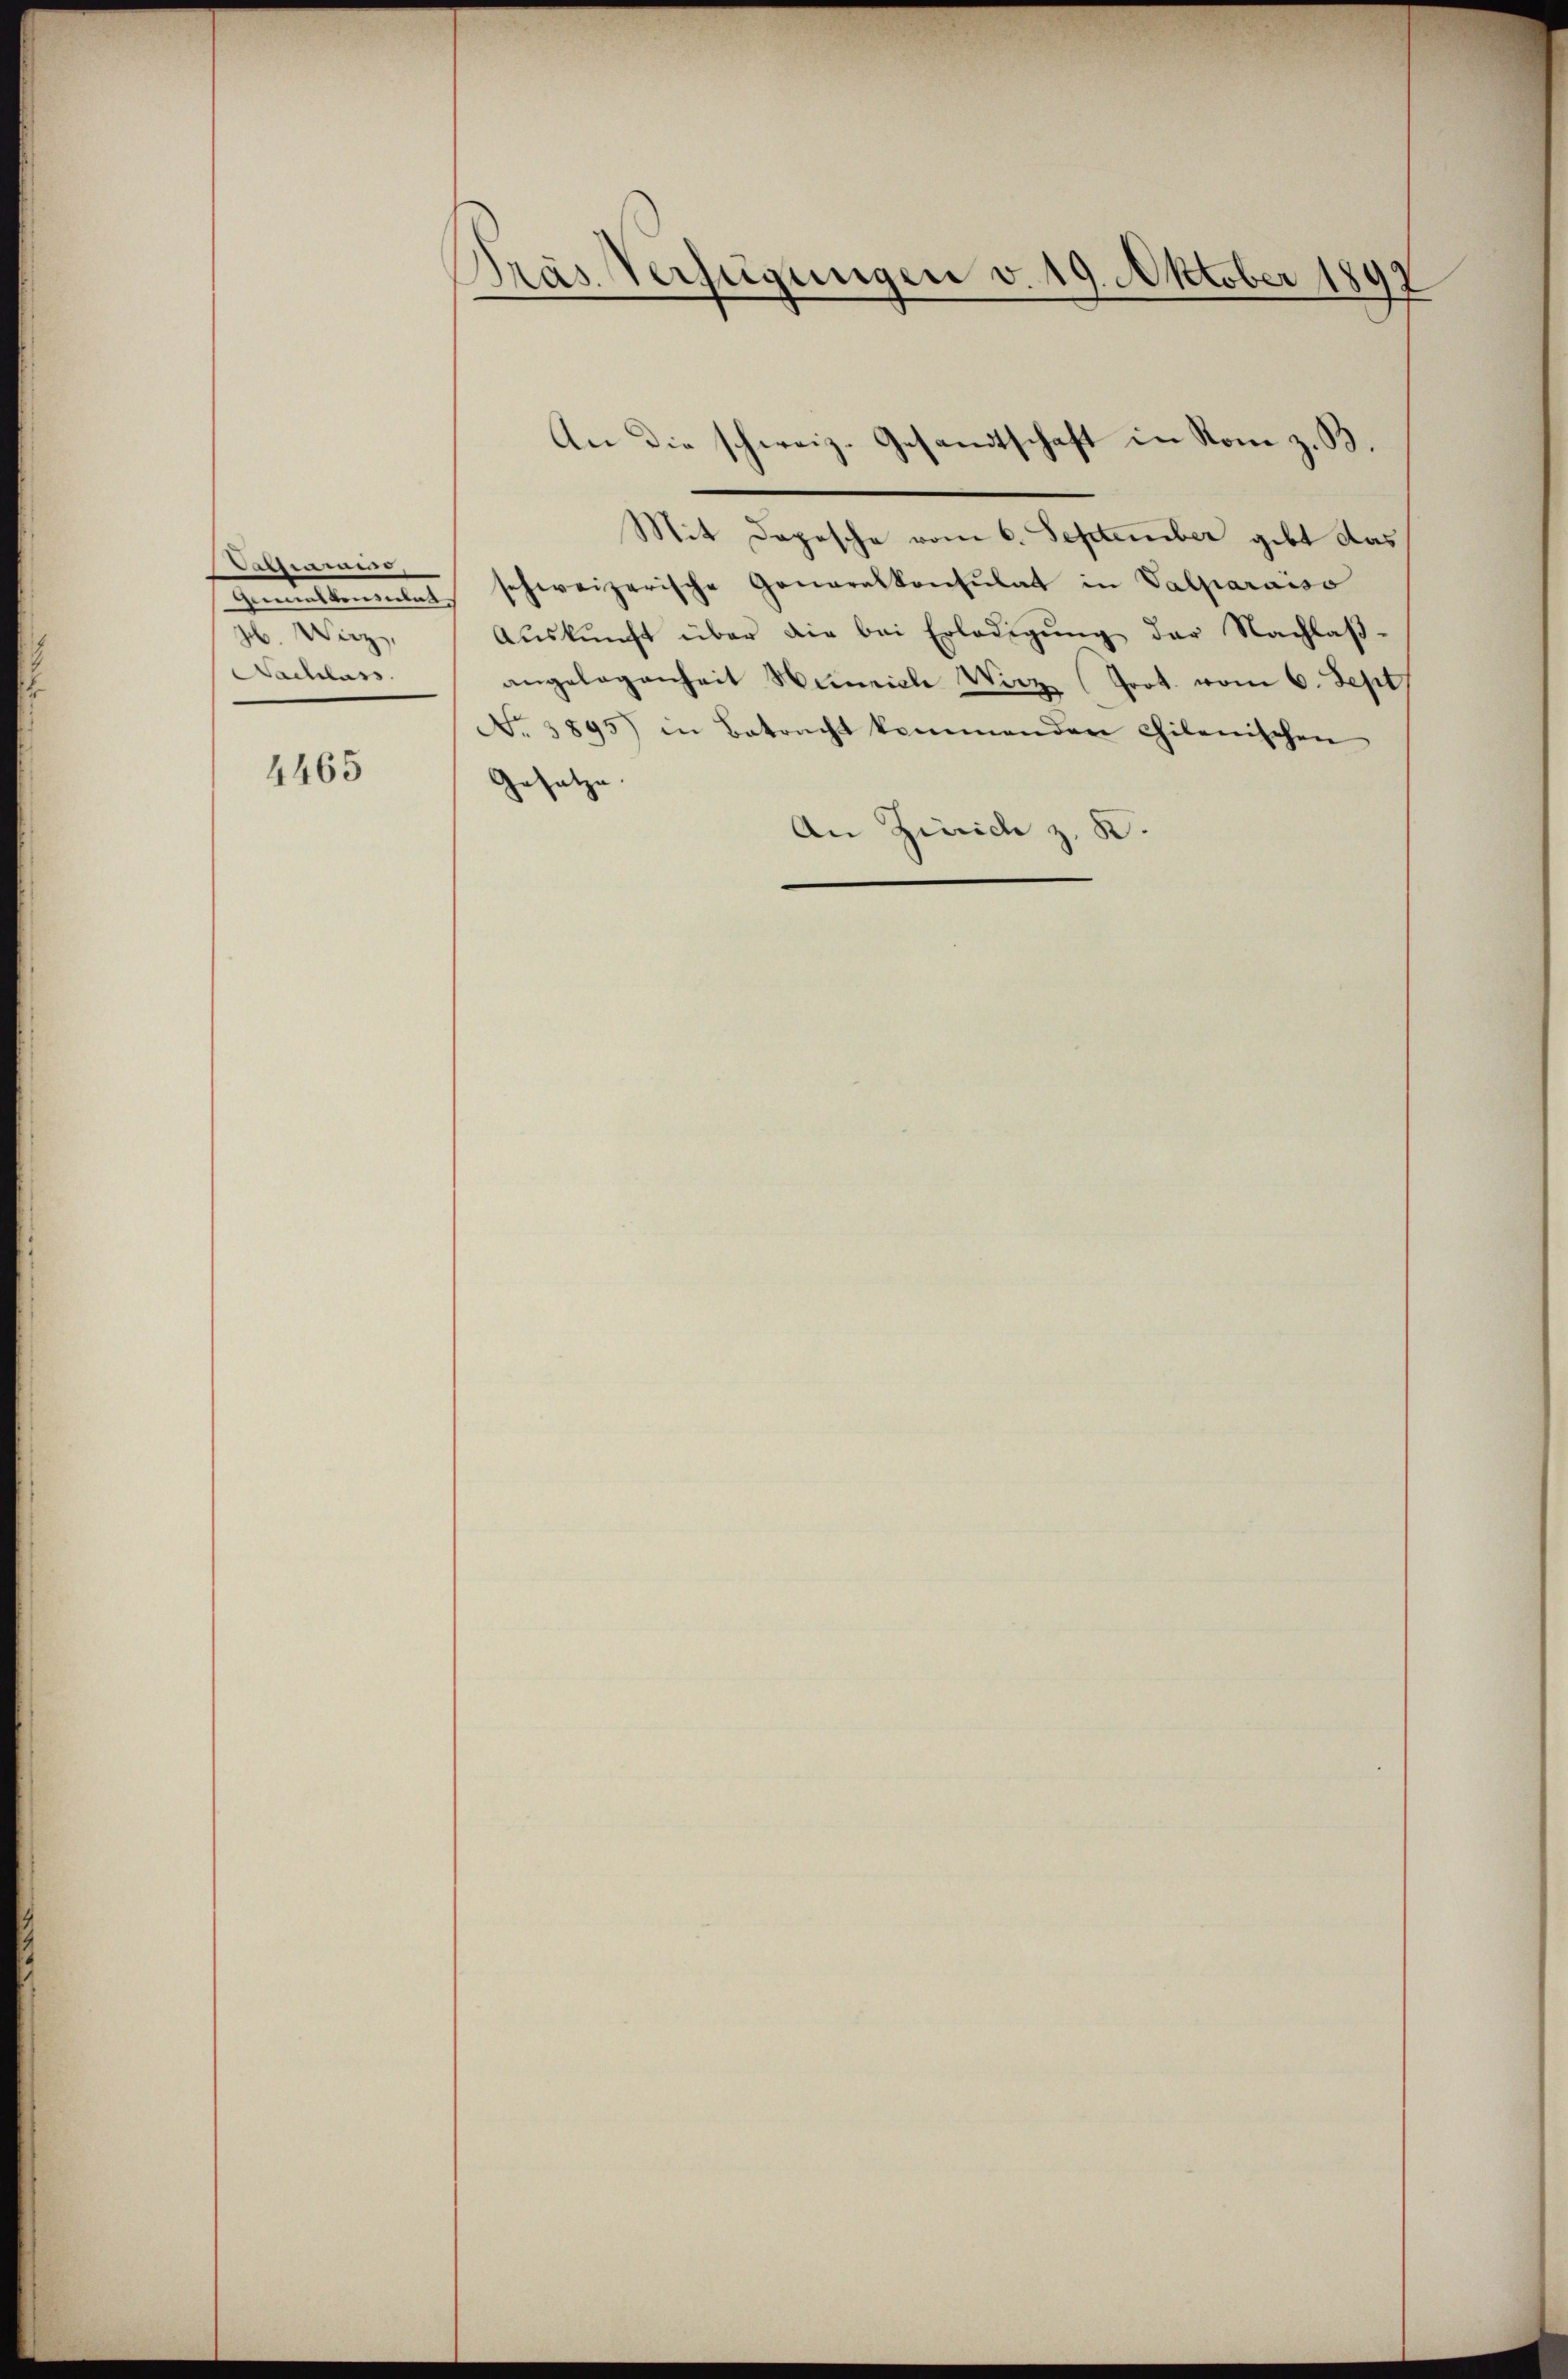
wes
gb. Wirz
Nachlass

4465

Pras Verfügungen v. 19. Oktober 1897

Mit Depesche vom 6. September gibt das
Geskommen schweizerische Generalkonsulat in Valparaiso
Aŭskŭnft über die bei Erledigŭng der Nachlaβ-
angelegenheit Heinrich Wirz Prot. vom 6. Sept
No. 3895) in Betracht kommenden Chilenischen
Gesetze
An Zürich z. K.

An die schweiz. Gesandtschaft in Rom z. B.